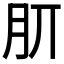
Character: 𣍠